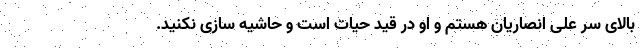
بالای سر علی انصاریان هستم و او در قید حیات است و حاشیه سازی نکنید.